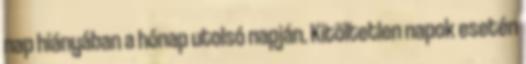
nap hiányában a hónap utolsó napján. Kitöltetlen napok esetén